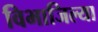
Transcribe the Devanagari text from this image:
विभाजिल्या